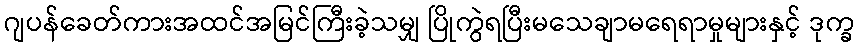
ဂျပန်ခေတ်ကားအထင်အမြင်ကြီးခဲ့သမျှ ပြိုကွဲရပြီးမသေချာမရေရာမှုများနှင့် ဒုက္ခ